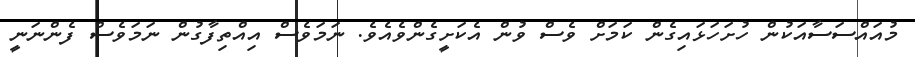
މުއައްސަސާއަކުން ހުށަހަޅައިގެން ކަމަށް ވެސް ވުން އެކަށީގެންވެއެވެ. ނަމަވެސް އިއްތިފާގުން ނަމަވެސް ފެންނަނީ